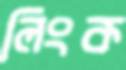
লিংক